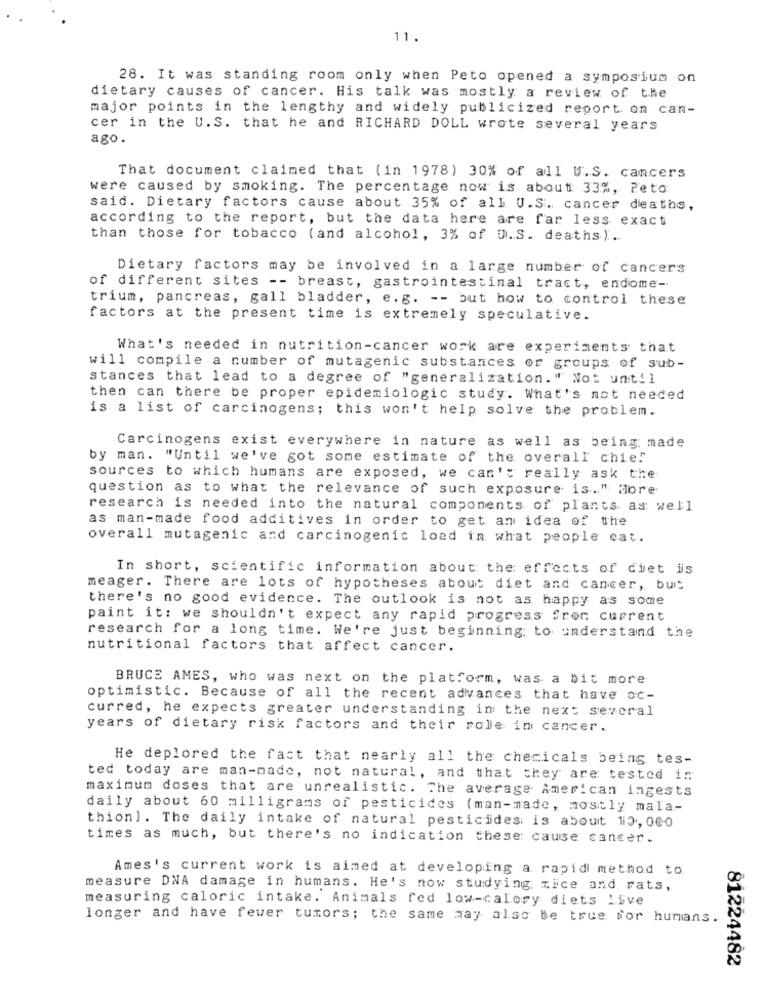
11.
28. It was standing room only when Peto opened a symposium on
dietary causes of cancer. His talk was mostly a review of the
major points in the lengthy and widely publicized report on can-
cer in the U.S. that he and RICHARD DOLL wrote several years
ago.
That document claimed that (in 1978) 30% of all U.S. cancers
were caused by smoking. The percentage now is about 33%, Peto
said. Dietary factors cause about 35% of all U.S. cancer deaths,
according to the report, but the data here are far less exact
than those for tobacco (and alcohol, 3% of U.S. deaths).
Dietary factors may be involved in a large number of cancers
of different sites -- breast, gastrointestinal tract, endiome-
trium, pancreas, gall bladder, e. g. -- but how to control these
factors at the present time is extremely speculative.
What's needed in nutrition-cancer work are experiments that
will compile a number of mutagenic substances or groups of sub-
stances that lead to a degree of "generalization." Not until
then can there be proper epidemiologic study. What's not needed
is a list of carcinogens; this won't help solve the problem.
Carcinogens exist everywhere in nature as well as being made
by man. "Until we've got some estimate of the overall chie!
sources to which humans are exposed, we can't really ask the
question as to what the relevance of such exposure is." More
research is needed into the natural components of plants, as well
as man-made food additives in order to get an idea of the
overall mutagenic and carcinogenic load in what people cat.
In short, scientific information about the effects of ciet is
meager. There are lots of hypotheses about diet and cancer, but
there's no good evidence. The outlook is not as happy as some
paint it: we shouldn't expect any rapid progress from current
research for a long time. We're just beginning to understand the
nutritional factors that affect cancer.
BRUCE AMES, who was next on the platform, was a bit more
optimistic. Because of all the recent advances that have oc-
curred, he expects greater understanding in the next several
years of dietary risk factors and their role in cancer.
He deplored the fact that nearly all the chemicals being tes-
ted today are man-made, not natural, and that they are tested in
maximum doses that are unrealistic. The average American ingests
daily about 60 milligrams of pesticides (man-made, mostly mala-
thion). The daily intake of natural pesticides is about 110, 000
times as much, but there's no indication these cause cancer.
Ames's current work is aimed at developing a rapid method to.
measure DNA damage in humans. He's now studying mice and rats,
measuring caloric intake. Animals fed low-calory diets Live
longer and have fewer tumors; the same may also be true for humans.
81224482